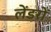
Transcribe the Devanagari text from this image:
लेंडरों